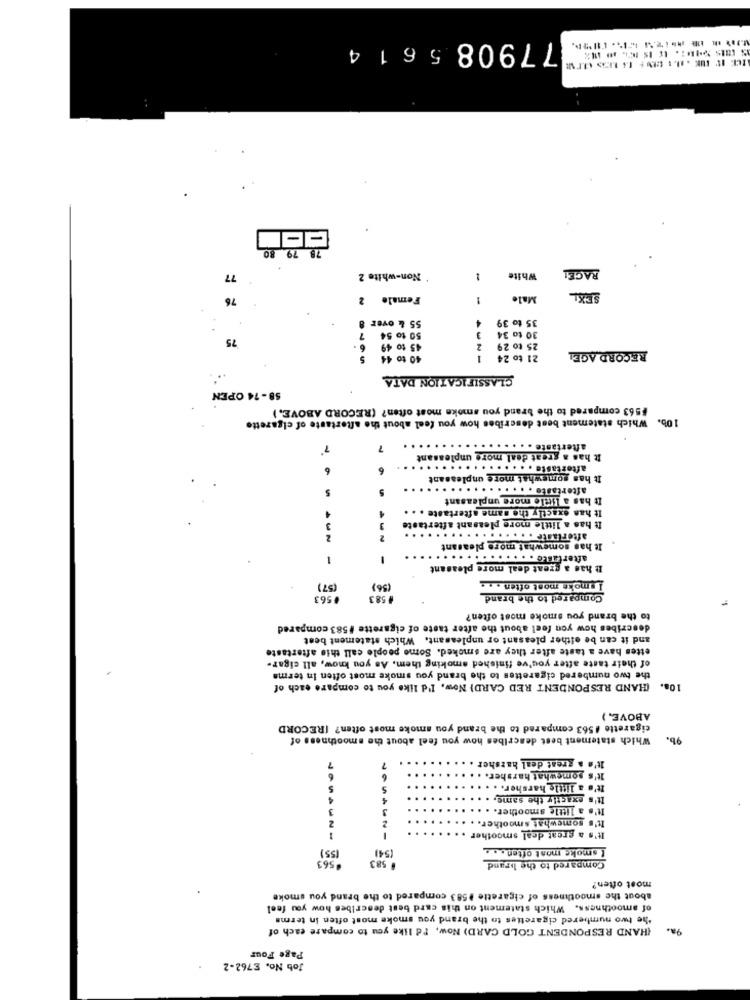
77908 5614
78 79
80
RAGE!
77
Non-white 2
White
-
76
Female 2
Male
55 & over
35 to 39
8
4
75
50 to 54 7
30 to 34
45 to 49
2
25 to 29
40 to 44
1
21 to 24
RECORD AGEL
CLASSIFICATION DATA
58-74 OPEN
$563 compared to the brand you smoke most often? (RECORD ABOVE. )
10b.
Which statement best describes how you feel about the aftertaste of cigarette
7
after
It has a great deal more unpleasant
6
6
aftertaste. . . . . . . . . . . . . . .
It has somewhat more unpleasant
5
aftertaste. . . . . . . . . . . . .
It has a little more unpleasant
It has exactly the same aftertaste
4
3
ote
It has a little more pleasant aftert
aftertaste . . . . . . . . . . . . .
It has somewhat more pleasant
1
after ..... . . . . . . . . . . . ..
-
It has a great deal more pleasant
(57)
(56)
L smoke most often . . .
#563
#583
Compared to the brand
to the brand you smoke most often?
describes how you feel about the after taste of cigarette #583 compared
and it can be either pleasant or unpleasant. Which statement best
ettes have a taste after they are smoked. Some people call thie aftertaste
of their taste after you've finished smoking them, As you know, all cigar-
the two numbered cigarettes to the brand you smoke most often In terme
(HAND RESPONDENT RED CARD) Now. I'd like you to compare each of
108.
ABOVE. )
cigarette #563 compared to the brand you smoke most often? [RECORD
Which statement best describes how you feel about the smoothness of
9b.
It's a great deal harsher ..
7
7
6
It's somewhat harsher.
5
5
It's a little harsher. .
It's exactly the same, .
It's a little smoother.
3
It's somewhat smoother.
Z
It's a great deal smoother
(55)
I smoke most often
.563
(54)
# 583
Compared to the brand
most often?
about the smoothness of cigarette 1583 compared to the brand you smoke
of smoothness. Which statement on this card best describes how you feel
the two numbered cigarettes to the brand you smoke most often in terms
{HAND RESPONDENT GOLD CARD) Now, Id like you to compare each of
98.
Page Four
Job No, E762-2